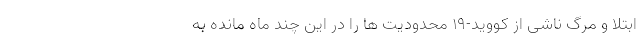
ابتلا و مرگ ناشی از کووید-۱۹ محدودیت ها را در این چند ماه مانده به